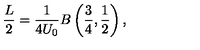
\frac { L } { 2 } = \frac { 1 } { 4 U _ { 0 } } B \left( \frac { 3 } { 4 } , \frac { 1 } { 2 } \right) ,